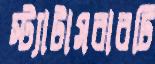
স্ট্যাটাসবারটি